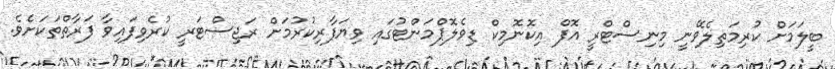
ބީލަމަށް ކުރިމަތިލެވޭނީ މިނިސްޓްރީ އޮފް އިކޮނޮމިކް ޑިވެލޮޕްމަންޓުގައި ވިޔަފާރިކުރުމަށް ރަޖިސްޓަރީ ކުރެވިފައިވާ ފަރާތްތަކަށެވެ.